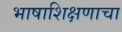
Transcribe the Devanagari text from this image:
भाषाशिक्षणाचा